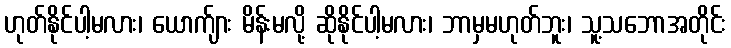
ဟုတ်နိုင်ပါ့မလား၊ ယောက်ျား မိန်းမလို့ ဆိုနိုင်ပါ့မလား၊ ဘာမှမဟုတ်ဘူး၊ သူ့သဘောအတိုင်း